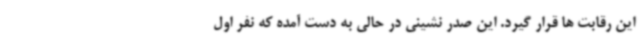
این رقابت ها قرار گیرد. این صدر نشینی در حالی به دست آمده که نفر اول